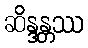
ဆိန္ဒန္တဿ